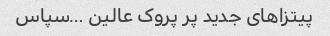
پیتزاهای جدید پر پروک عالین …سپاس